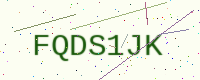
Text: FQDS1JK